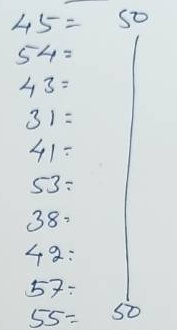
45 = 50
54 = 50
43 = 50
31 = 50
41 = 50
53 = 50
38 = 50
42 = 50
57 = 50
55 = 50